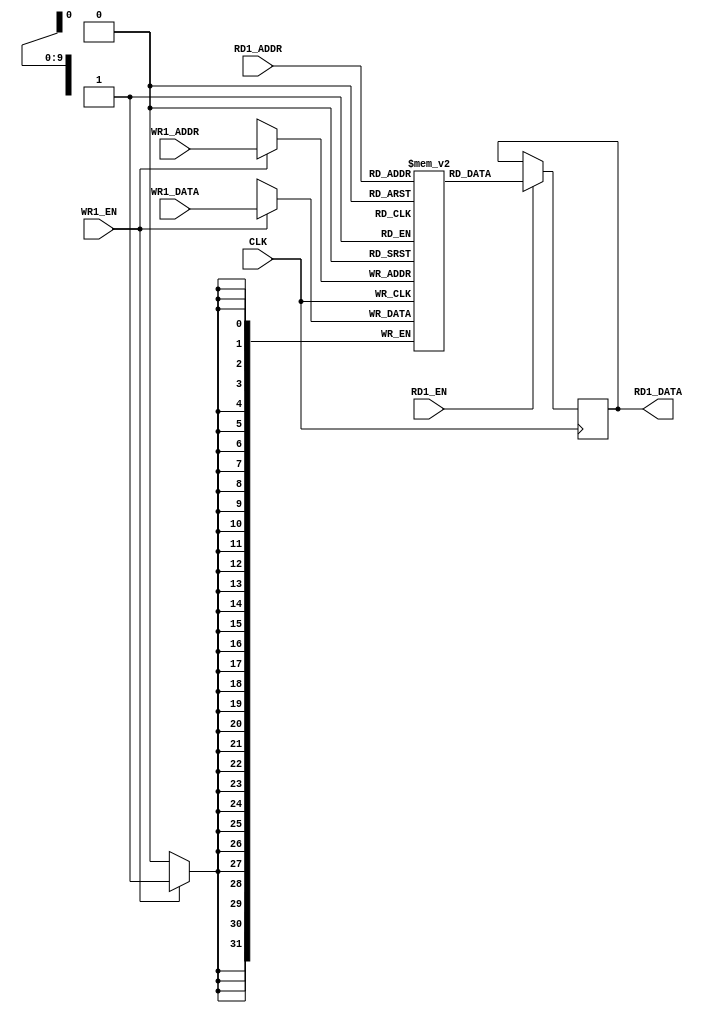
/*
 Description: A simple, single clock, simple dual port (SCSDP) ram
 */
`timescale 1ns/1ns
	
module scsdpram
    #(
      parameter C_WIDTH = 32,
      parameter C_DEPTH = 1024
      )
    (
     input                       CLK,

     input                       RD1_EN,
     input [clog2s(C_DEPTH)-1:0] RD1_ADDR,
     output [C_WIDTH-1:0]        RD1_DATA,

     input                       WR1_EN,
     input [clog2s(C_DEPTH)-1:0] WR1_ADDR,
     input [C_WIDTH-1:0]         WR1_DATA
     );

	function integer clog2;
		input [31:0] v;
		reg [31:0] value;
		begin
			value = v;
			if (value == 1) begin
				clog2 = 0;
			end
			else begin
				value = value-1;
				for (clog2=0; value>0; clog2=clog2+1)
					value = value>>1;
			end
		end
	endfunction
	// clog2s -- calculate the ceiling log2 value, min return is 1 (safe).
	function integer clog2s;
		input [31:0] v;
		reg [31:0] value;
		begin
			value = v;
			if (value == 1) begin
				clog2s = 1;
			end
			else begin
				value = value-1;
				for (clog2s=0; value>0; clog2s=clog2s+1)
					value = value>>1;
			end
		end
	endfunction

    reg [C_WIDTH-1:0]            rMemory [C_DEPTH-1:0];
    reg [C_WIDTH-1:0]            rDataOut;

    assign RD1_DATA = rDataOut;

    always @(posedge CLK) begin
        if (WR1_EN) begin
            rMemory[WR1_ADDR] <= #1 WR1_DATA;
        end
        if(RD1_EN) begin
            rDataOut <= #1 rMemory[RD1_ADDR];
        end
    end
endmodule